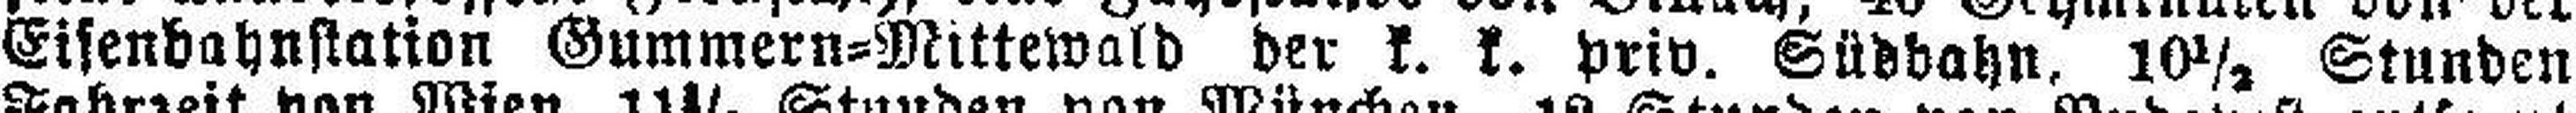
Eisenbahnstation Gummern=Mittewald der k. k. priv. Südbahn, 10½ Stunden